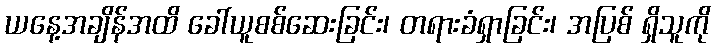
ယနေ့အချိန်အထိ ခေါ်ယူစစ်ဆေးခြင်း၊ တရားခံရှာခြင်း၊ အပြစ် ရှိသူကို